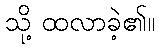
သို့ ထလာခဲ့၏။